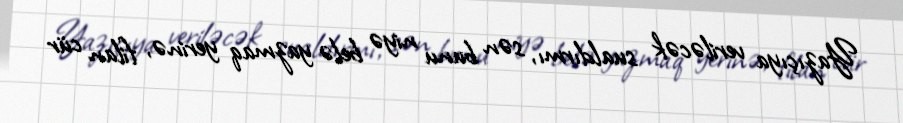
Yazıçıya veriləcək sualdırmı, sən bunu niyə belə yazmaq yerinə, filan cür